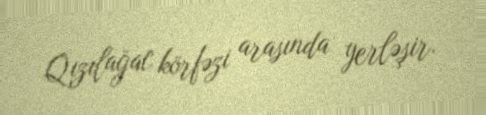
Qızılağac körfəzi arasında yerləşir.